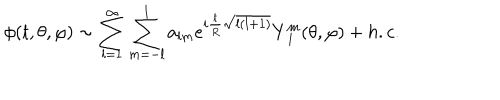
LaTeX: \phi ( t , \theta , \varphi ) \sim \sum _ { l = 1 } ^ { \infty } \sum _ { m = - l } ^ { l } a _ { l m } e ^ { i \frac { t } { R } \sqrt { l ( l + 1 ) } } Y _ { \; l } ^ { m } ( \theta , \varphi ) + h . c .